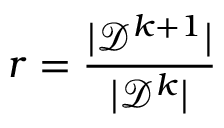
r = \frac { | \mathcal { D } ^ { k + 1 } | } { | \mathcal { D } ^ { k } | }